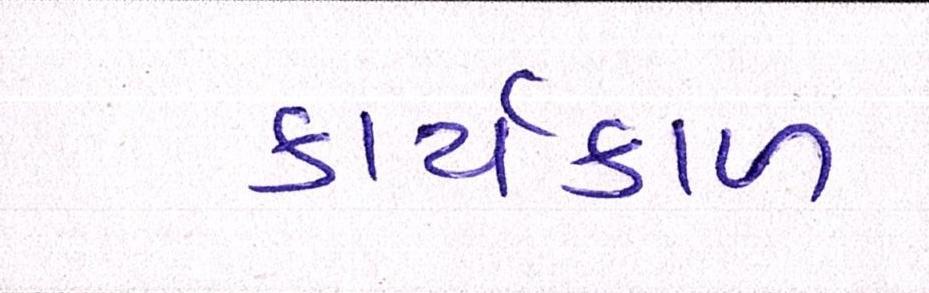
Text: કાર્યકાળ